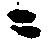
ニ